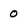
Character: 0